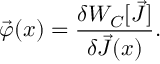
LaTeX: \vec { \varphi } ( x ) = \frac { \delta W _ { C } [ \vec { J } ] } { \delta \vec { J } ( x ) } .